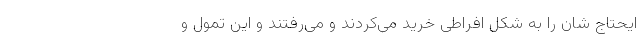
ایحتاج شان را به شکل افراطی خرید می‌کردند و‌ می‌رفتند و این تمول و